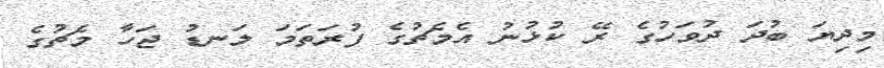
މިދިޔަ ބުދަ ދުވަހުގެ ރޭ ކުޅުނު އެމެޗުގެ ފުރަތަމަ ލަނޑު ޖަހާ މެޗުގެ